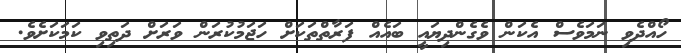
ހޯއްދެވި ނަމަވެސް އެކަން ވެގެންދިޔައީ ބައެއް ފަރާތްތަކަށް ހަޖަމުކުރަން ވަރަށް ދަތިވި ކަމަކަށެވެ.